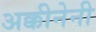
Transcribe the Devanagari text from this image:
अक्कीनेनी